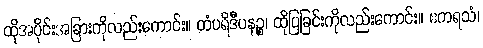
ထိုအပိုင်းအခြားကိုလည်းကောင်း။ တံပရိဒီပနဉ္စ၊ ထိုပြခြင်းကိုလည်းကောင်း။ ဧကရသံ၊